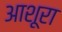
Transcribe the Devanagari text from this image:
आशूरा